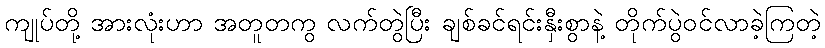
ကျုပ်တို့ အားလုံးဟာ အတူတကွ လက်တွဲပြီး ချစ်ခင်ရင်းနှီးစွာနဲ့ တိုက်ပွဲဝင်လာခဲ့ကြတဲ့